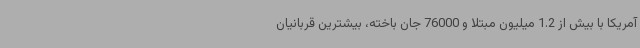
آمریکا با بیش از 1.2 میلیون مبتلا و 76000 جان باخته، بیشترین قربانیان